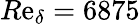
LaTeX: R\mathrm{e}_{\delta}=6875